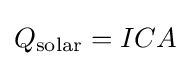
Q_{\mathrm {solar} }=ICA